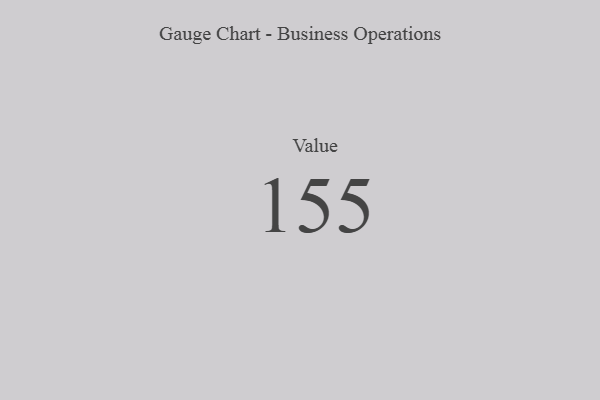
{"axis": {"x": "Metric", "y": "Value"}, "legend": [""], "data": [{"x": "Value", "y": 155, "type": ""}]}